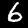
Digit: 6